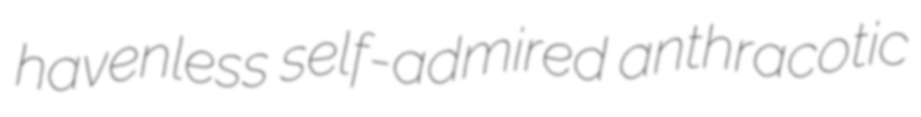
havenless self-admired anthracotic